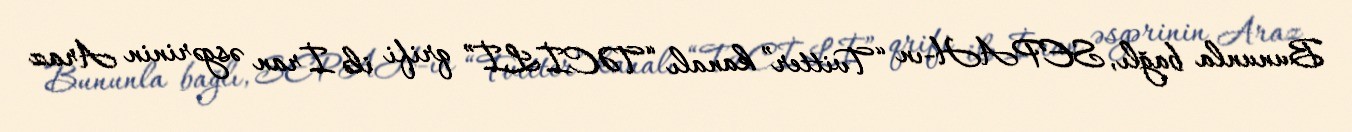
Bununla bağlı, SEPAH-ın “Tvitter” kanalı “TƏCİLİ” qrifi ilə İran əsgərinin Araz